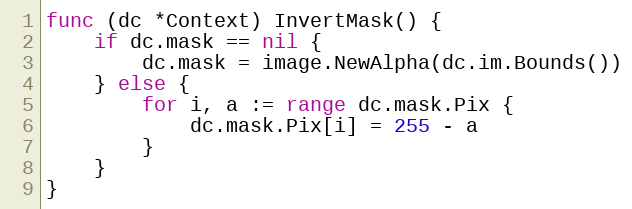
Language: Go
func (dc *Context) InvertMask() {
	if dc.mask == nil {
		dc.mask = image.NewAlpha(dc.im.Bounds())
	} else {
		for i, a := range dc.mask.Pix {
			dc.mask.Pix[i] = 255 - a
		}
	}
}